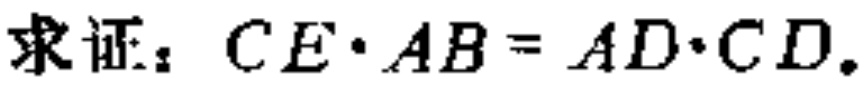
求证：\(CE\cdot AB = AD\cdot CD\)。